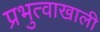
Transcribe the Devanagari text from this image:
प्रभुत्वाखाली